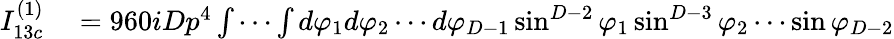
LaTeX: \begin{array}{rl}{I_{13c}^{(1)}}&{{}=960iDp^{4}\int\cdots\int d\varphi_{1}d\varphi_{2}\cdots d\varphi_{D-1}\sin^{D-2}\varphi_{1}\sin^{D-3}\varphi_{2}\cdots\sin\varphi_{D-2}}\end{array}